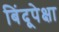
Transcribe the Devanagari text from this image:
बिंदूपेक्षा